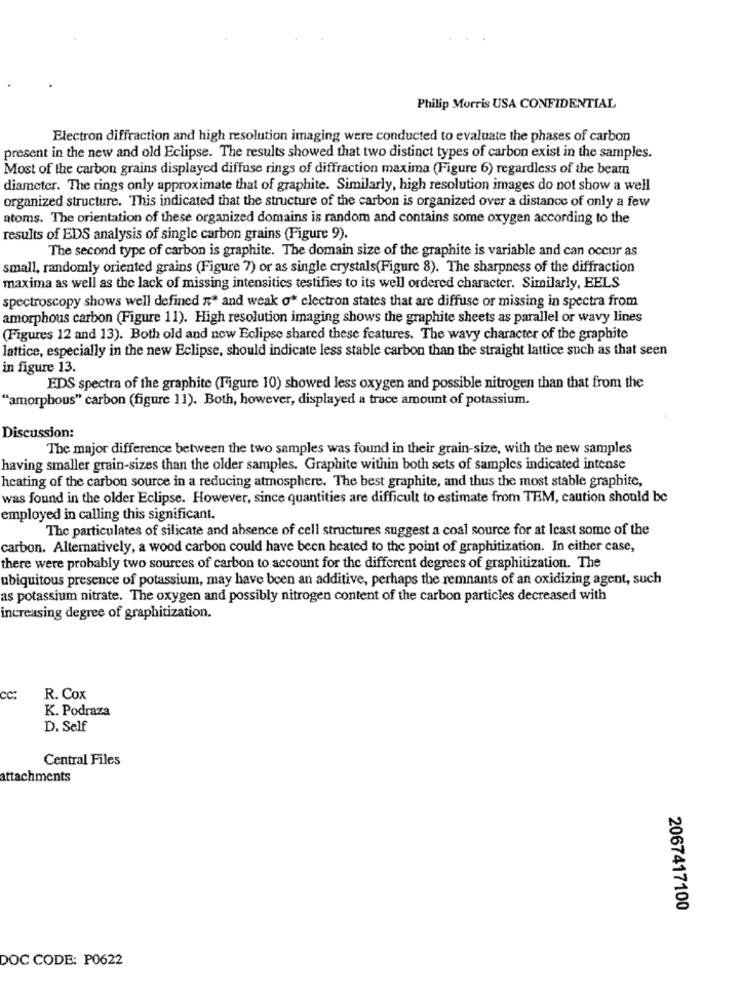
Philip Morris USA CONFIDENTIAL
Electron diffraction and high resolution imaging were conducted to evaluate the phases of carbon
present in the new and old Eclipse. The results showed that two distinct types of carbon exist in the samples.
Most of the carbon grains displayed diffuse rings of diffraction maxima (Figure 6) regardless of the beam
diameter. The rings only approximate that of graphite. Similarly, high resolution images do not show a well
organized structure. This indicated that the structure of the carbon is organized over a distance of only a few
atoms. The orientation of these organized domains is random and contains some oxygen according to the
results of EDS analysis of single carbon grains (Figure 9).
The second type of carbon is graphite. The domain size of the graphite is variable and can occur as
small, randomly oriented grains (Figure 7) or as single crystals(Figure 8). The sharpness of the diffraction
maxima as well as the lack of missing intensities testifies to its well ordered character. Similarly, EELS
spectroscopy shows well defined #* and weak o" electron states that are diffuse or missing in spectra from
amorphous carbon (Figure 11). High resolution imaging shows the graphite sheets as parallel or wavy lines
(Figures 12 and 13). Both old and now Eclipse shared these features. The wavy character of the graphite
lattice, especially in the new Eclipse, should indicate less stable carbon than the straight lattice such as that seen
in figure 13.
EDS spectra of the graphite (Figure 10) showed less oxygen and possible nitrogen than that from the
"amorphous" carbon (figure 11). Both, however, displayed a trace amount of potassium.
Discussion:
The major difference between the two samples was found in their grain-size, with the new samples
having smaller grain-sizes than the older samples. Graphite within both sets of samples indicated intense
heating of the carbon source in a reducing atmosphere. The best graphite, and thus the most stable graphite,
was found in the older Eclipse. However, since quantities are difficult to estimate from TEM, caution should be
employed in calling this significant.
The particulates of silicate and absence of cell structures suggest a coal source for at least some of the
carbon. Alternatively, a wood carbon could have been heated to the point of graphitization. In either case,
there were probably two sources of carbon to account for the different degrees of graphitization. The
ubiquitous presence of potassium, may have been an additive, perhaps the remnants of an oxidizing agent, such
as potassium nitrate. The oxygen and possibly nitrogen content of the carbon particles decreased with
increasing degree of graphitization.
cc:
R. Cox
K. Podraza
D. Self
Central Files
attachments
2067417100
DOC CODE: P0622